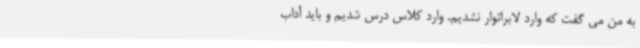
به من می گفت که وارد لابراتوار نشدیم. وارد کلاس درس شدیم و باید آداب